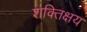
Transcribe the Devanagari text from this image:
शक्तिक्षय